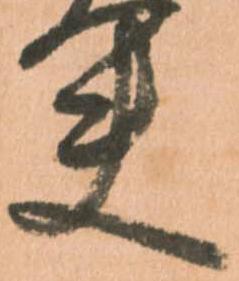
夫